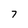
Character: 7